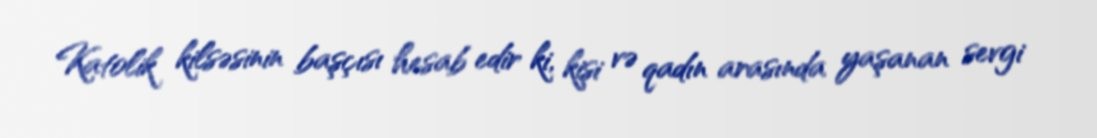
Katolik kilsəsinin başçısı hesab edir ki, kişi və qadın arasında yaşanan sevgi